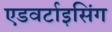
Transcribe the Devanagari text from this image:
एडवर्टाइसिंग